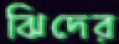
ঝিদের